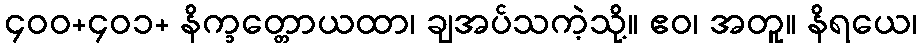
၄၀၀+၄၀၁+ နိက္ခတ္တောယထာ၊ ချအပ်သကဲ့သို့။ ဧဝ၊ အတူ။ နိရယေ၊